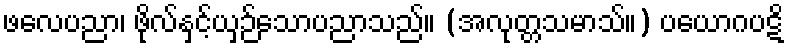
ဖလေပညာ၊ ဖိုလ်နှင့်ယှဉ်သောပညာသည်။ (အလုတ္တသမာသ်။) ပယောဂပဋိ